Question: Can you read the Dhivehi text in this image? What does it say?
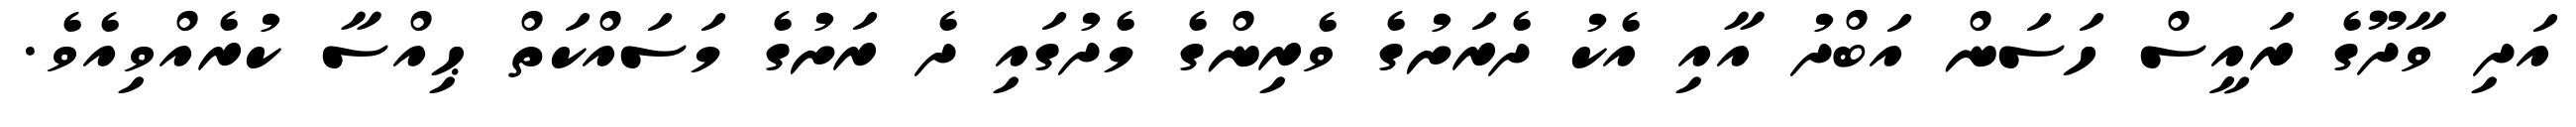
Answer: އަދި ވާދޫގެ ރައީސް ހަސަން އަބްދު އާއި އެކު ދެރަށުގެ ވެރިންގެ މެދުގައި ދެ ރަށުގެ މަސައްކަތް ޙިއްސާ ކުރެއްވިއެވެ.